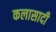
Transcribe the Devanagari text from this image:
कलासादी